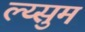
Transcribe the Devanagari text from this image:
ल्य्सुम